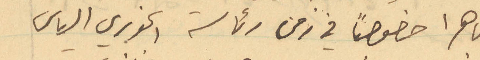
باهرا خصوصًا في زمن رئاسة الخوري الياس